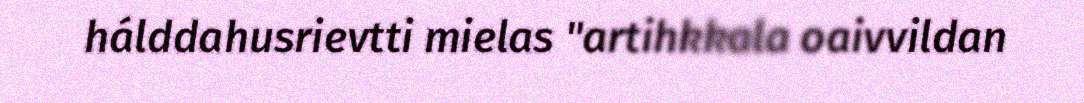
hálddahusrievtti mielas "artihkkala oaivvildan